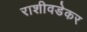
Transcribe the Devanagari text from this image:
राशीवडेकर